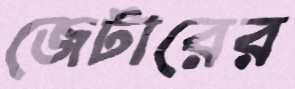
জেটারের